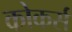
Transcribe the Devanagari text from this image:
कोकर्स